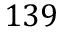
1 3 9